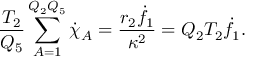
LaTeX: { \frac { T _ { 2 } } { Q _ { 5 } } } \sum _ { A = 1 } ^ { Q _ { 2 } Q _ { 5 } } \dot { \chi } _ { A } = { \frac { r _ { 2 } { \dot { f } _ { 1 } } } { \kappa ^ { 2 } } } = Q _ { 2 } T _ { 2 } \dot { f } _ { 1 } .